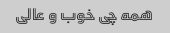
همه چی خوب و عالی